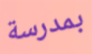
بمدرسة